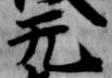
无